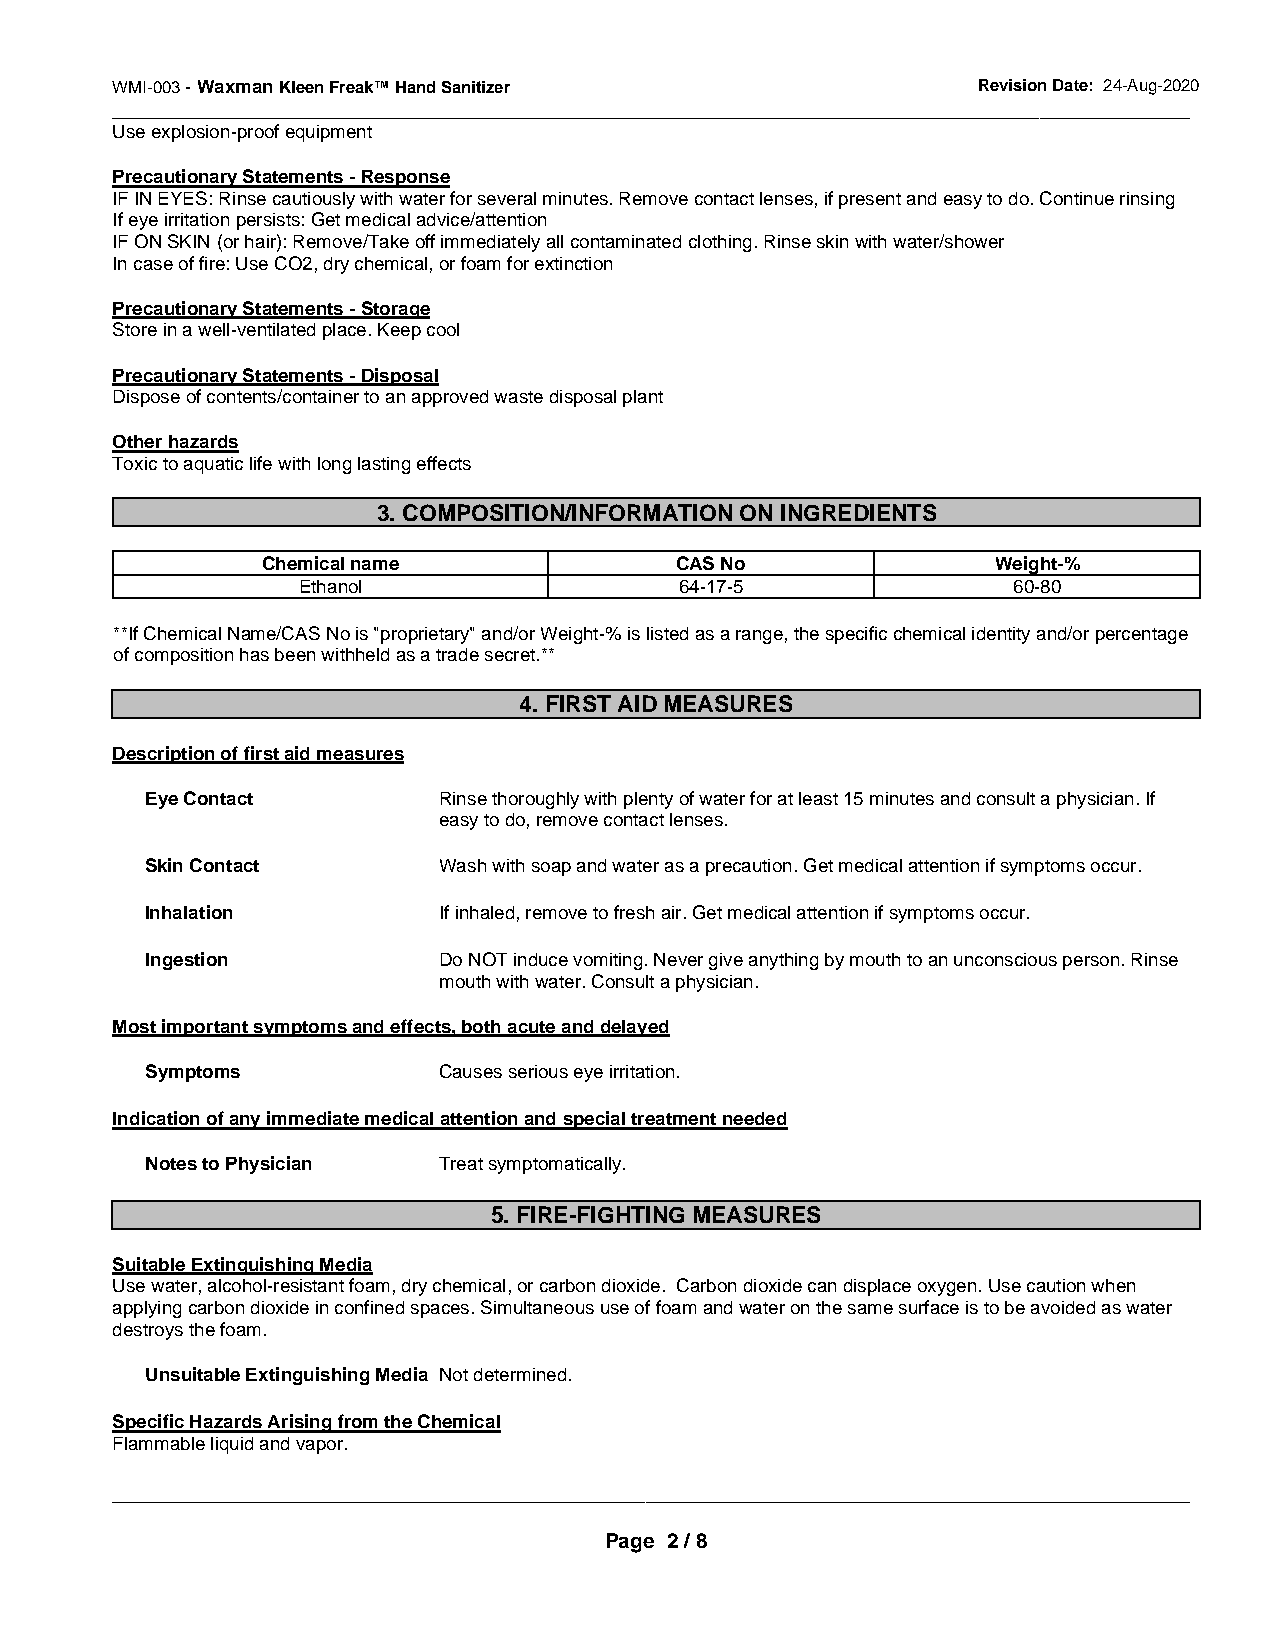
WMI-003 - Waxman Kleen Freak™ Hand Sanitizer              Revision Date: 24-Aug-2020
 _______________________________________________ ______________________________________________
 Use explosion-proof equipment
 Precautionary Statements - Response
 IF IN EYES: Rinse cautiously with water for several minutes. Remove contact lenses, if present and easy to do. Continue rinsing
 If eye irritation persists: Get medical advice/attention
 IF ON SKIN (or hair): Remove/Take off immediately all contaminated clothing. Rinse skin with water/shower
 In case of fire: Use CO2, dry chemical, or foam for extinction
 Precautionary Statements - Storage
 Store in a well-ventilated place. Keep cool
 Precautionary Statements - Disposal
 Dispose of contents/container to an approved waste disposal plant
 Other hazards
 Toxic to aquatic life with long lasting effects
 3. COMPOSITION/INFORMATION ON INGREDIENTS
 Chemical name               CAS No               Weight-%
 Ethanol                  64-17-5               60-80
 **If Chemical Name/CAS No is "proprietary" and/or Weight-% is listed as a range, the specific chemical identity and/or percentage
 of composition has been withheld as a trade secret.**
 4. FIRST AID MEASURES
 Description of first aid measures
 Eye Contact        Rinse thoroughly with plenty of water for at least 15 minutes and consult a physician. If
 easy to do, remove contact lenses.
 Skin Contact       Wash with soap and water as a precaution. Get medical attention if symptoms occur.
 Inhalation         If inhaled, remove to fresh air. Get medical attention if symptoms occur.
 Ingestion          Do NOT induce vomiting. Never give anything by mouth to an unconscious person. Rinse
 mouth with water. Consult a physician.
 Most important symptoms and effects, both acute and delayed
 Symptoms           Causes serious eye irritation.
 Indication of any immediate medical attention and special treatment needed
 Notes to Physician Treat symptomatically.
 5. FIRE-FIGHTING MEASURES
 Suitable Extinguishing Media
 Use water, alcohol-resistant foam, dry chemical, or carbon dioxide. Carbon dioxide can displace oxygen. Use caution when
 applying carbon dioxide in confined spaces. Simultaneous use of foam and water on the same surface is to be avoided as water
 destroys the foam.
 Unsuitable Extinguishing Media Not determined.
 Specific Hazards Arising from the Chemical
 Flammable liquid and vapor.
 _____________________________________________________________________________________________
 Page 2 / 8